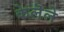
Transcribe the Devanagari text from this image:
केलॆले